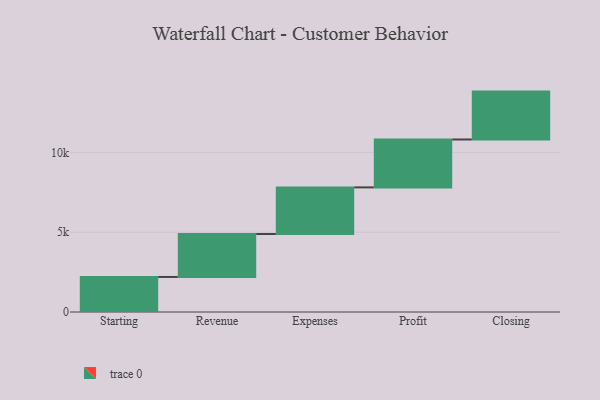
{"axis": {"x": "Step", "y": "Value"}, "legend": [""], "data": [{"x": "Starting", "y": 2195.0, "type": ""}, {"x": "Revenue", "y": 2691.0, "type": ""}, {"x": "Expenses", "y": 2920.0, "type": ""}, {"x": "Profit", "y": 3000, "type": ""}, {"x": "Closing", "y": 3000, "type": ""}]}